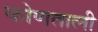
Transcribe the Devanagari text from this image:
कोणताली